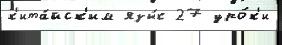
к'ита́йск'им язы́к 27 уро́к'и